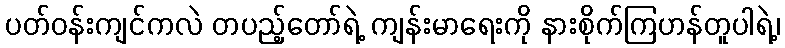
ပတ်ဝန်းကျင်ကလဲ တပည့်တော်ရဲ့ ကျန်းမာရေးကို နားစိုက်ကြဟန်တူပါရဲ့၊